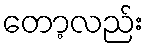
တော့လည်း